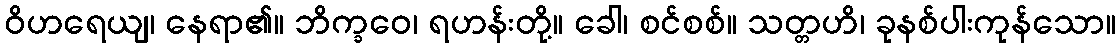
ဝိဟရေယျ၊ နေရာ၏။ ဘိက္ခဝေ၊ ရဟန်းတို့။ ခေါ၊ စင်စစ်။ သတ္တဟိ၊ ခုနစ်ပါးကုန်သော။